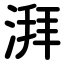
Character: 湃